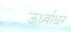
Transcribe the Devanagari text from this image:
ऊर्ध्‍वाधर